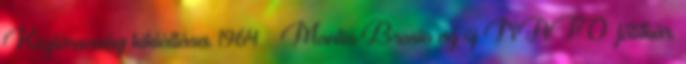
Köztársaság kikiáltása. 1964 – Manlio Brosio az új NATO–főtitkár.